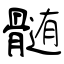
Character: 髄